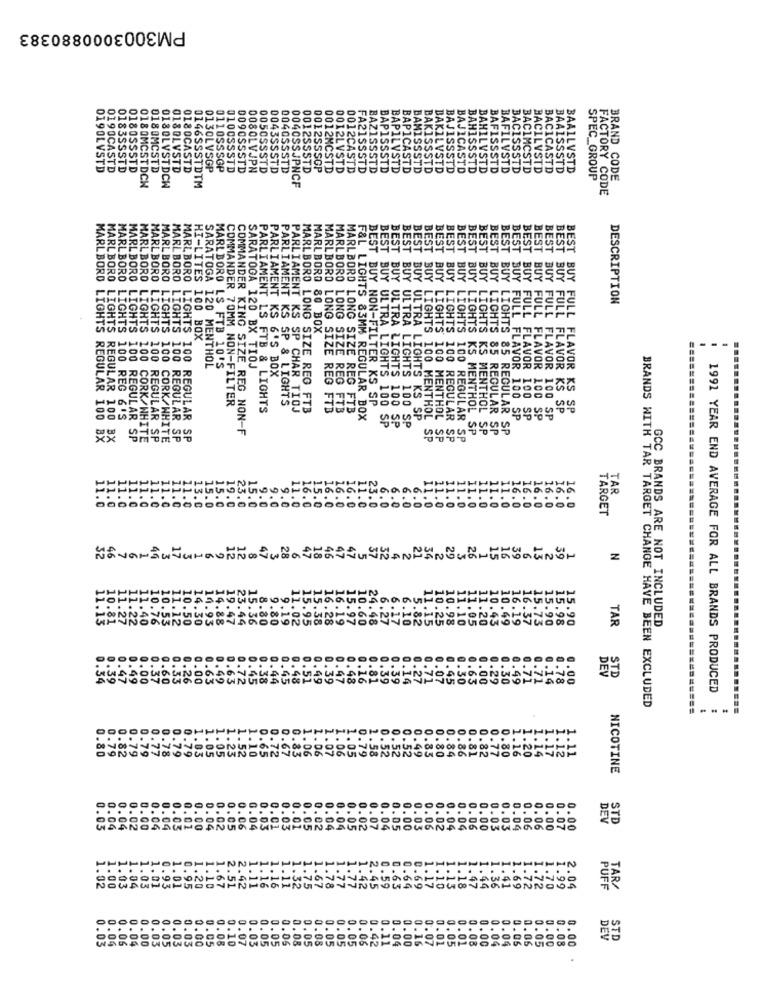
PM3003000880383
BA
BA
001
FA2
BAJ
BAKISSS
019OLVSTD
0190CASTD
0183SSSTD
0180SSSTD
0180MCSTD
0180LVSTD
0180CASTD
0130LVSGP
0110SSSGP
0100SSSTD
009OSSSTD
0080LVJPN
0050SSSTD
0043SSSTD
004OSSSTD
0012SSSTD
0012SSSGP
0012MCSTD
0012CASTD
ISTD
FA21SSSTD
BAZISSSTD
BAPISSSTD
BAPILVSTD
BAPICASTD
BAMISSSTD
STD
BAKILVSTD
STD
BAJISSSTD
BAJICASTD
BAHISSSTD
STD
BAFISSSTD
BAFILVSTD
BACISSSTD
BACIMCSTD
BACILVSTD
BACICASTD
BAAISSSTD
BAALLVSTD
ISTD
SPEC_GROUP
BRAND CODE
0180MCSTDCH
0180LVSTDCW
0146SSSTDTM
0040SSJPNCF
FACTORY CODE
BEST
BEST
BEST
BEST
BEST
MARLBORO
MARLBORO
MARLBORO
MARLBORO LI
PARLIAMENT
PARLIAMENT
DESCRIPTION
MARLBORO 80 BOX
LIGHTS
HI-LITES 100 BOX
MARLBORO LONG SIE
Y LIGHTS
BUY LIGHTS 1
BEST BUY LIGHTS KS
MARLBORO LIGHTS 100
5 100
BEST BUY LIGHTS KS
SARATOGA 120 MENTHOL
MARLBORO LS FTB 10'S
SARATOGA 120 BX TIOJ
KS 6'S BOX
BEST BUY LIGHTS 100
BUY FULL FLAVOR
BEST BUY FULL FLAVOR
BEST BUY NON-FILTER KS SP
COMMANDER 70MM NON-FILTER
PARLIAMENT LS FTB & LIGHTS
S SP & LIGHTS
PARLIAMENT KS SP CHAR TIOJ
MARLBORO LONG SIZE REG FT3
MARLBORD LONG SIZE REG FTB
G SIZE REG FTB
MARLBORD LONG SIZE REG FTB
BEST BUY FULL FLAVOR KS SP
KS SP
LIGHTS 100 REG & 'S
REGULAR
F&L LIGHTS 83MM REGULAR BOX
BUY ULTRA LIGHTS KS SP
BEST BUY LIGHTS 100 MENTHOL
MENTHOL
REGULAR
MENTHOL
Y FULL FLAVOR 100 SP
BEST BUY FULL FLAVOR 100 SP
100 SP
BEST BUY FULL FLAVOR 100 SP
COMMANDER KING SIZE REG NON-F
BUY ULTRA LIGHTS 100 SP
BUY ULTRA LIGHTS 100 SP
BUY ULTRA LIGHTS 100 SP
MENTHOL SP
BEST BUY LIGHTS 85 REGULAR SI
MARLBORO LIGHTS REGULAR 100 BX
MARLBORO LIGHTS REGULAR 100 BX
mom D
IGHTS 100 REGULAR SP
MARLBORO LIGHTS 100 CORK/WHITE
LIGHTS 100 CORK/WHITE
SP
100 REGULAR SP
BEST BUY LIGHTS 85 REGULAR SP
100 REGULAR SP
MARLBORO LIGHTS 100 REGULAR SP
23.
TAR
11.
13.0
15.0
15.0
16.0
TARGET
13
39
Navar dwuHaUNNOWNa OG UN
47
N
PHP
IHHI
POPPHOOHE
1.10
15.7
TAR
0.98
1.05
11.20
10.43
10.49
5.19
15.90
15.98
15.90
GCC BRANDS ARE NOT INCLUDED
DEV
STE
OWN
0.7
0.7:
0.00
.63
.00
29
.30
.49
0.14
0.78
1991 YEAR END AVERAGE FOR ALL BRANDS PRODUCED
BRANDS WITH TAR TARGET CHANGE HAVE BEEN EXCLUDED
0.7
0.83
0.80
0.79
.78
.79
1.03
.05
1.05
1.23
1.52
1.10
.65
.72
.06
.07
06
05
0.49
0.80
0.84
0.86
0.81
0.82
0.77
0.80
1.16
1.20
1.14
1.17
1.12
1.11
NICOTINE
DEV
STE
0.05
0.04
. 04
0.02
1.00
. 04
1.04
0.03
0.01
0.00
0.04
0.02
0.05
0.06
0.04
0.03
0.01
0.03
0.01
0.05
0.02
0.04
0.04
0.05
0.02
0.07
0.04
0.05
0.00
1.03
0.06
0.02
0.04
0.04
0.06
0.00
0.03
0.03
0.04
0.06
0.06
10
0.07
0.00
OPONHINNI
1.02
.00
.03
1.04
1.03
1.01
0.93
1.01
0.95
1.20
1.67
2.51
2.42
1.11
1.16
1.16
1.11
1.32
1.75
1.67
1.78
1.77
1.77
1.42
2.45
0.59
0.63
0.64
0.69
1.17
1.10
1.13
1.18
1.47
1.44
1.36
1.41
1.69
1.72
1.72
1.70
1.99
2.04
PUFF
TAR/
0.03
0.07
0.05
0.06
0.08
0.00
DEV
STD
0.04
0.06
0.04
0.00
0.03
0.05
0.03
0.03
0.00
0.05
0.08
0.10
0.07
0.03
0.05
0.05
0.05
0.08
0.05
0.08
0.05
0.05
0.05
0.06
0.42
0.11
0.04
0.00
0.16
0.01
0.01
0.08
0.00
0.04
0.04
0.06
0.05